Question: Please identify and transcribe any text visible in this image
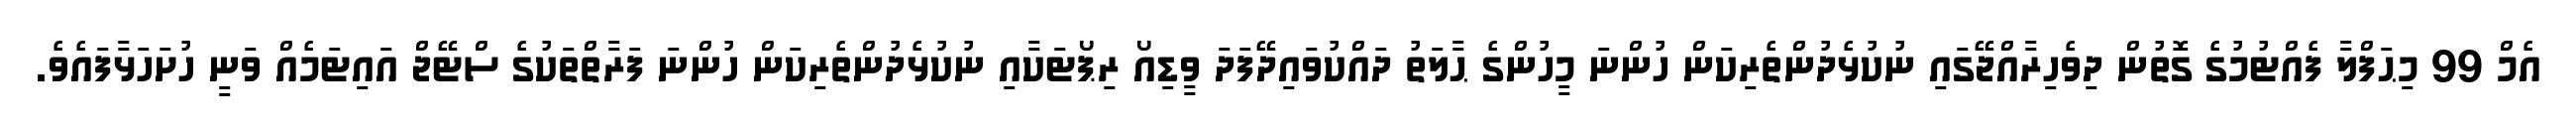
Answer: އެމް 99 މިޙަފްލާ ފެއްޓުމުގެ ގޮތުން ދިވެހިރާއްޖޭގައި ނުކުޅެދުންތެރިކަން ހުންނަ މީހުންގެ ޙާލަތު ދައްކުވައިދޭފަދަ ވީޑިއޯ ރިޕޯޓަކާއި ނުކުޅެދުންތެރިކަން ހުންނަ ފަރާތްތަކުގެ ސްޓޭޖް އައިޓަމެއް ވަނީ ހުށަހަޅާފައެވެ.